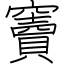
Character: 竇